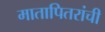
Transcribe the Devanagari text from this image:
मातापितरांची